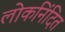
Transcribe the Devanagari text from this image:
लोकनिंदित